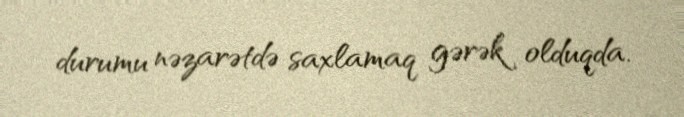
durumu nəzarətdə saxlamaq gərək olduqda.